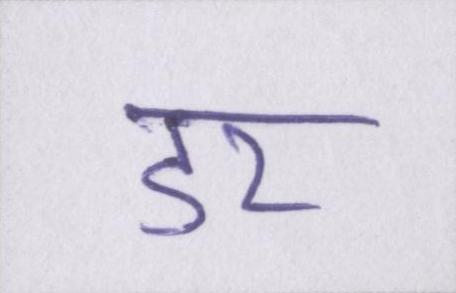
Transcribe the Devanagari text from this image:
डर